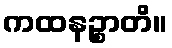
ကထနဉ္စာတိ။